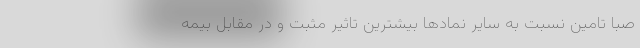
صبا تامین نسبت به سایر نمادها بیشترین تاثیر مثبت و در مقابل بیمه